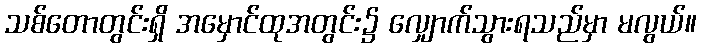
သစ်တောတွင်းရှိ အမှောင်ထုအတွင်း၌ လျှောက်သွားရသည်မှာ မလွယ်။